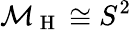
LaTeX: \mathcal{M}_{\mathrm{~H~}}\cong S^{2}